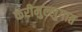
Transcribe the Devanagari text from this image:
करीमुल्लुगात